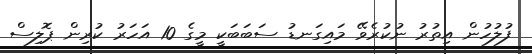
ފުލުހުން އިތުރު ނުކުރެވޭ މައިގަނޑު ސަބަބަކީ މީގެ 10 އަހަރު ކުރިން ޕޮލިސް